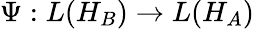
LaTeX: \Psi:L(H_{B})\rightarrow L(H_{A})